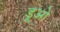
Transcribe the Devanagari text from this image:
डूओ